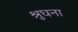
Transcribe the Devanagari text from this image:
श्रुघना